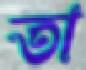
তা